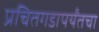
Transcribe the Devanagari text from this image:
प्रचितगडापर्यंतचा